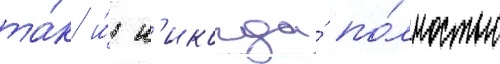
та́к и́ н'икогда́ по́лностью